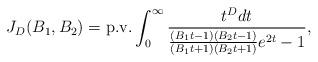
LaTeX: \begin{align*} J_D(B_1,B_2)={\rm p.v.}\int_{0}^{\infty }\frac{t^{D}dt}{\frac{(B_{1}t-1)(B_{2}t-1)}{(B_{1}t+1)(B_{2}t+1)}e^{2t}-1},\end{align*}